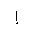
Letter: _alif